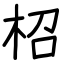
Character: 柖